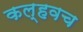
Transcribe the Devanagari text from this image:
कल्हवच